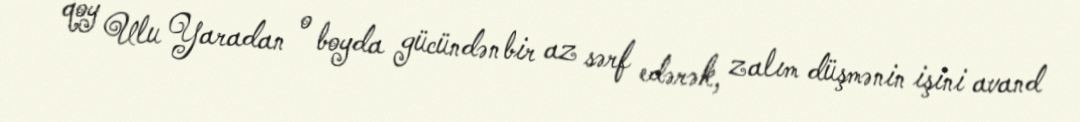
qoy Ulu Yaradan o boyda gücündən bir az sərf edərək, zalım düşmənin işini avand